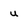
Character: u